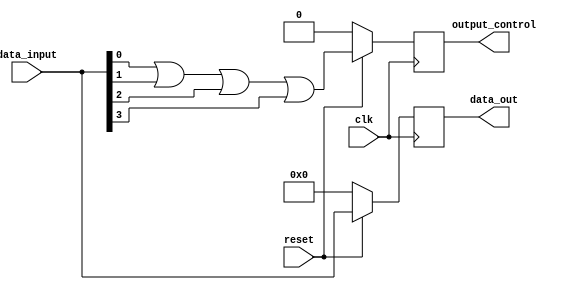
module word #(parameter BUS_SIZE = 16,parameter WORD_SIZE = 4,parameter WORD_NUM = BUS_SIZE / WORD_SIZE) 
(
	input clk,
	input reset,
	input [WORD_SIZE-1:0] data_input,
	output reg [WORD_SIZE-1:0] data_out,
    output reg output_control
);
    always @ (posedge clk) 
    begin
      	if (reset == 0)
        begin
              data_out <= 0;
              output_control <= 0;
        end
      	else if (reset == 1) 
        begin
              data_out <= data_input;
              output_control <= data_input[0] | data_input[1] | data_input[2] | data_input[3];
        end
    end
endmodule